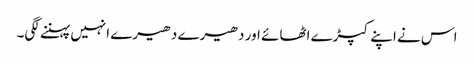
اس نے اپنے کپڑے اٹھائے اور دھیرے دھیرے انہیں پہننے لگی۔